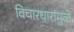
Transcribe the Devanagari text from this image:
विचारधारांमुळे